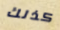
كذلك